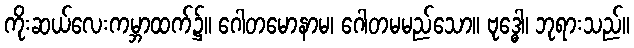
ကိုးဆယ်လေးကမ္ဘာထက်၌။ ဂေါတမောနာမ၊ ဂေါတမမည်သော။ ဗုဒ္ဓေါ၊ ဘုရားသည်။